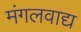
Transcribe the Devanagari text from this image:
मंगलवाद्य